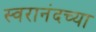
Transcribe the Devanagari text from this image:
स्वरानंदच्या